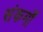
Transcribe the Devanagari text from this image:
संकर्मों